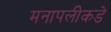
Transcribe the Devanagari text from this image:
मनापलीकडे